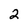
Character: 2